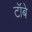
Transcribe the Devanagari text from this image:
टॉबे